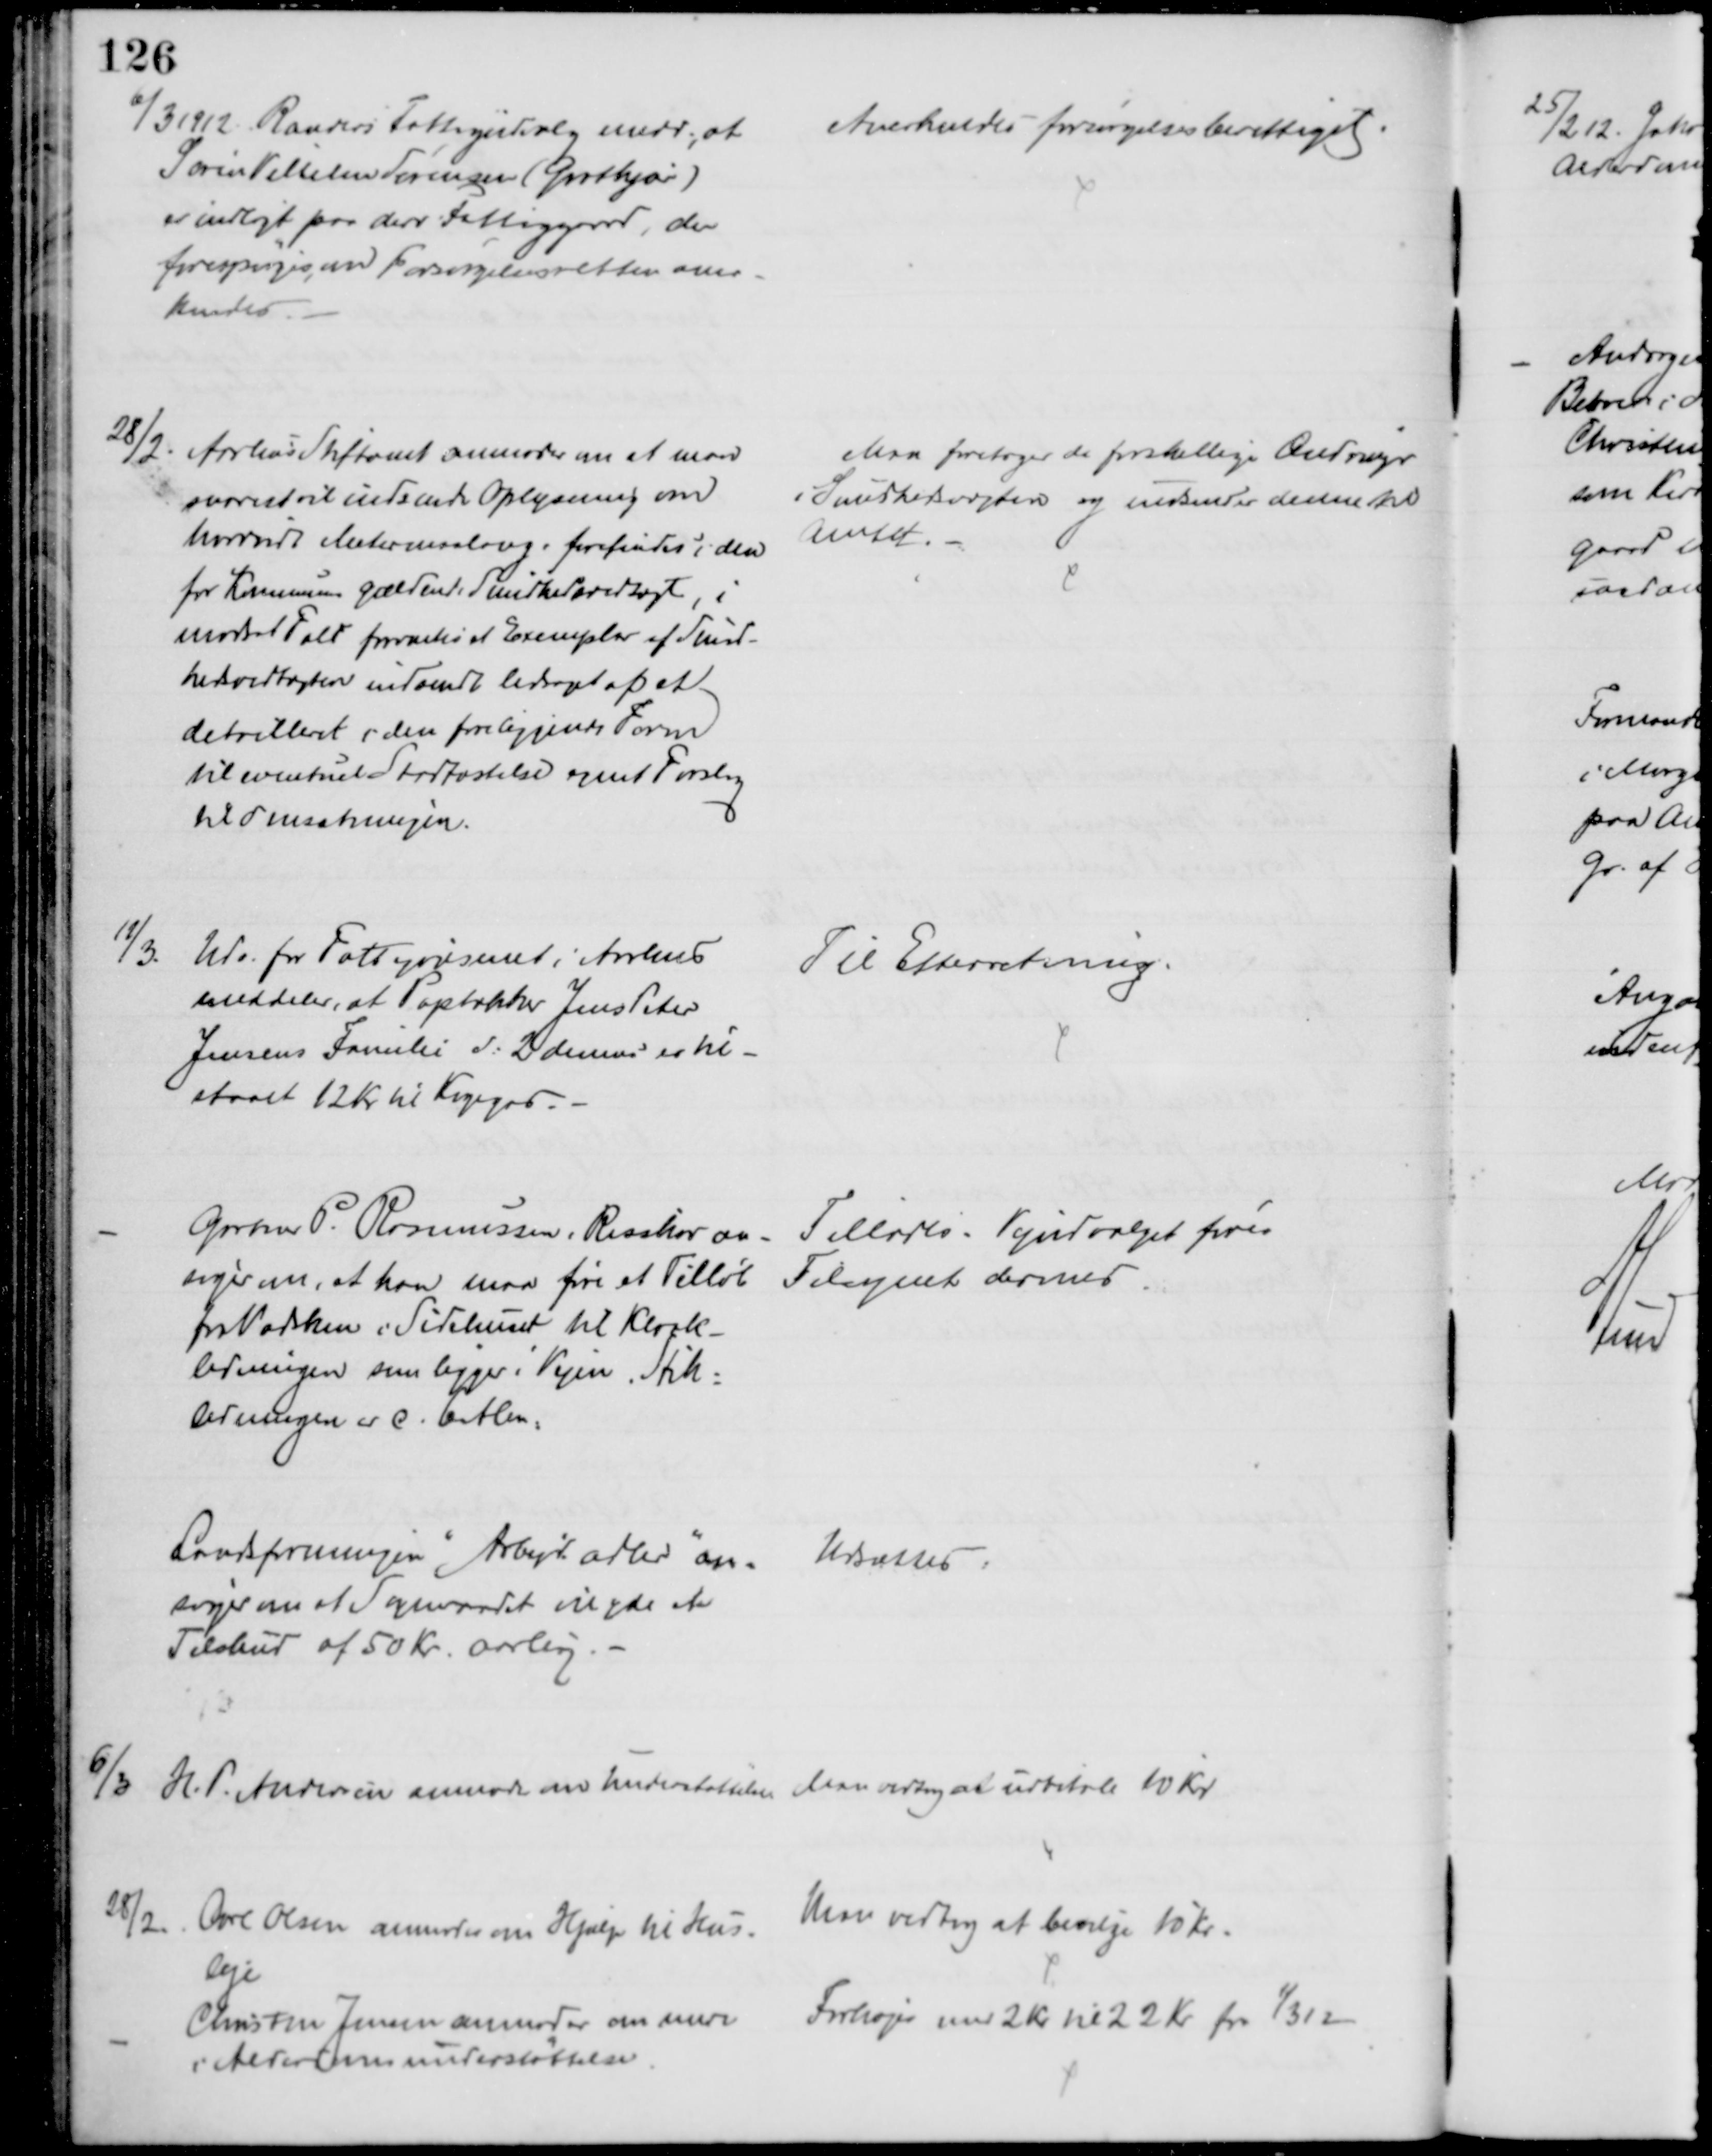
Transskription:
6/3 1912. Randers Fattigudvalg medd., at
Søren Vilhelm Sørensen (Grotkjær)
er indlagt paa derv. Fattiggaard, der
forespørges om Forsørgelsesretten aner-
kendes
Anerkendes forsørgelsesberettiget
28/2.
Arhus Stiftamt anmoder om at man
snarest vil indsende Oplysning om
hvorvidt Metermaalsang. forefindes i den
for Kommunen gældende Sundhedsvedtægt, i
modsat Fald forventes et Exemplar af Sund-
hedsvedtægten indsendt ledsaget af et
detailleret i den foreliggende Form
til eventuel Stadfæstelse samt Forslag
til Omsætningen.
Man foretager de forskellige Ændringer
i Sundhedvægten og indsender denne til
Amtet.
12/3.
Udv. for Fattigvæsenet i Aarhus
meddeler, at Papdækker Jens Peter
Jensens Familie d: 2 dennes er til-
staaet 12 Kr til Kogegas.
Til Efterretning.
Gartner P. Rasmussen, Risskov an-
søger om, at han maa føre et Tilløb
fra Vadsken i Sidehuset til Kloak-
ledningen som ligger i Vejen. Stik-
ledningen er c. 6 Alen.
Tillodes. Vejudvalget fører
Tilsynet dermed
Landsforeningen "Arbejd adler" an-
søger om at Sogneraadet vil yde et
Tilskud af 50 Kr. aarlig.
Udsattes
6/3
H. T. Andersen anmoder om Understøttelse
Man vedtog at udbetale 10 Kr
28/2.
Ove Olsen anmoder om Hjælp til Hus-
leje
Man vedtog at bevilge 10 Kr.
Christen Jensen anmoder om mere 
i Alderdomsunderstøttelse.
Forhøjes med 2 Kr til 22 Kr fra 1/3 12